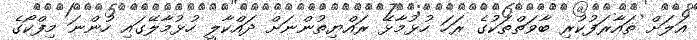
އަލަށް ތައާރަފުކުރި ބާވަތްތަކުގެ ރަހަ ހުޅުމާޅޭ ރައްޔިތުންނަށް ދައްކާލީ ހުޅުމާލޭގައި ހުންނަ މިފްކޯގެ